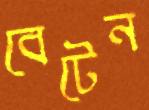
বেটেন